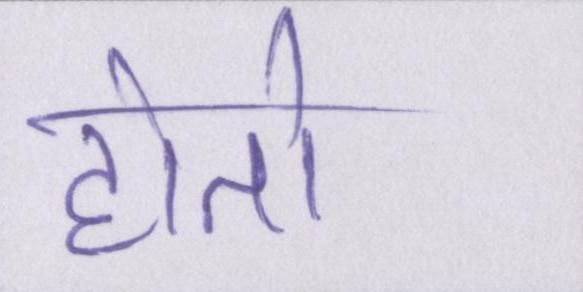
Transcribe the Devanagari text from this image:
होतो